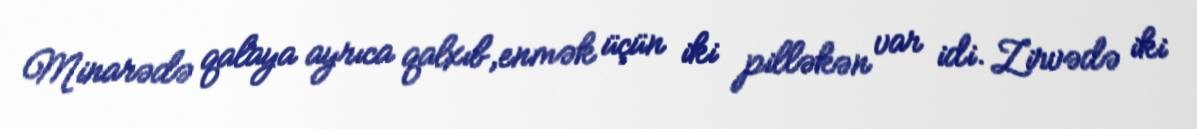
Minarədə qalaya ayrıca qalxıb,enmək üçün iki pilləkən var idi. Zirvədə iki